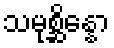
သမုစ္ဆိန္နော